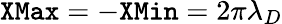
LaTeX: \texttt{XMax}=-\texttt{XMin}=2\pi\lambda_{D}